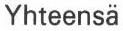
Yhteensä